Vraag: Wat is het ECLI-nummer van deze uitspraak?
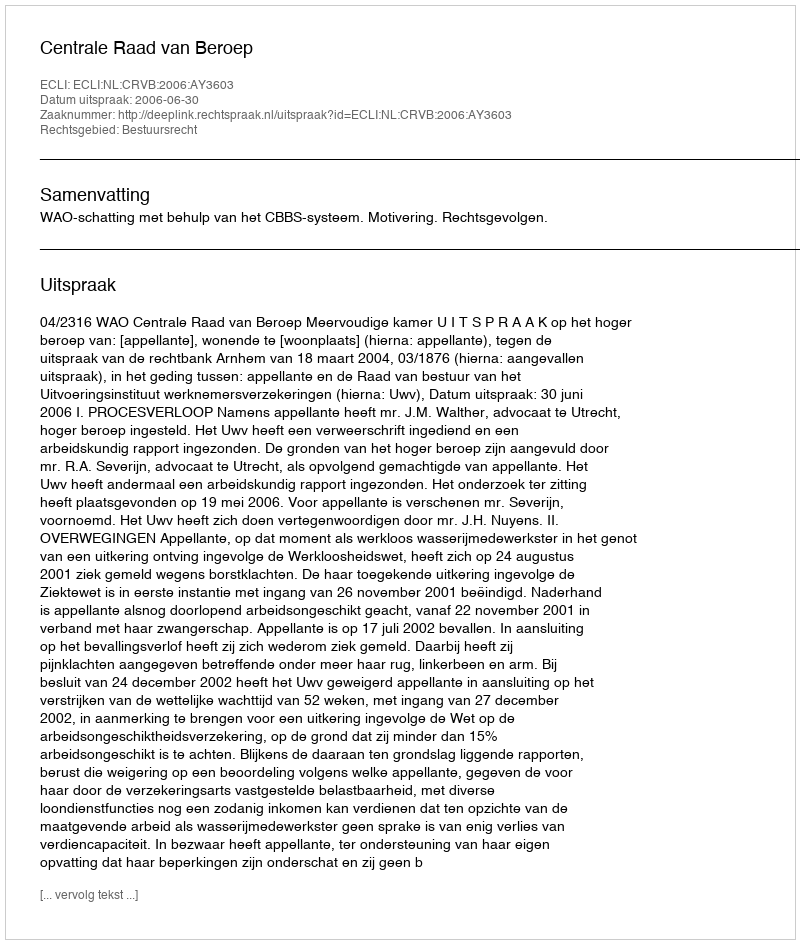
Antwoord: ECLI:NL:CRVB:2006:AY3603